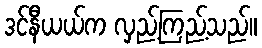
ဒင်နီယယ်က လှည့်ကြည့်သည်။